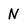
Character: N